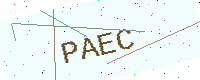
Text: PAEC